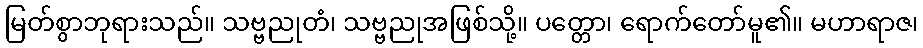
မြတ်စွာဘုရားသည်။ သဗ္ဗညုတံ၊ သဗ္ဗညုအဖြစ်သို့။ ပတ္တော၊ ရောက်တော်မူ၏။ မဟာရာဇ၊